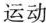
运动